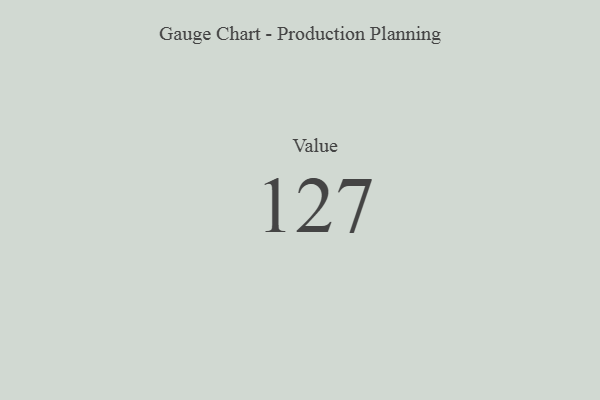
{"axis": {"x": "Metric", "y": "Value"}, "legend": [""], "data": [{"x": "Value", "y": 127, "type": ""}]}